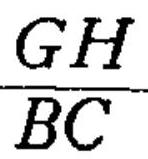
\(\frac{GH}{BC}\)